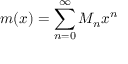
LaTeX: m ( x ) = \sum _ { n = 0 } ^ { \infty } M _ { n } x ^ { n }